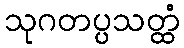
သုဂတပ္ပသတ္ထံ